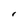
Character: r